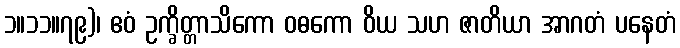
၁။၁၁။၇၉)၊ ဧဝံ ဥက္ခိတ္တာသိကော ဝဓကော ဝိယ သဟ ဇာတိယာ အာဂတံ ပနေတံ